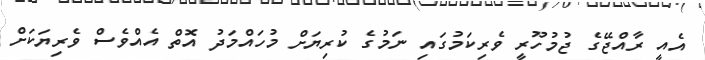
އެއީ ރާއްޖޭގެ ޖުމުހޫރީ ވެރިކަމުގައި ނަމުގެ ކުރިޔަށް މުހައްމަދު އޮތް އެއްވެސް ވެރިޔަކަށް